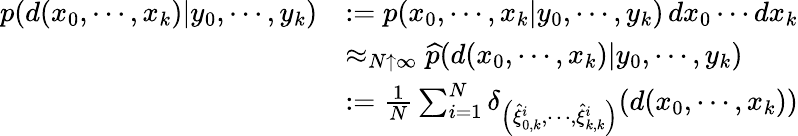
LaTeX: {\begin{array}{rl}{p(d(x_{0},\cdots,x_{k})|y_{0},\cdots,y_{k})}&{:=p(x_{0},\cdots,x_{k}|y_{0},\cdots,y_{k})\, dx_{0}\cdots dx_{k}}\\ &{\approx_{N\uparrow\infty}{\widehat{p}}(d(x_{0},\cdots,x_{k})|y_{0},\cdots,y_{k})}\\ &{:={\frac{1}{N}}\sum_{i=1}^{N}\delta_{\left({\widehat{\xi}}_{0,k}^{i},\cdots,{\widehat{\xi}}_{k,k}^{i}\right)}(d(x_{0},\cdots,x_{k}))}\end{array}}